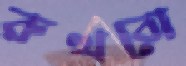
রুখবো